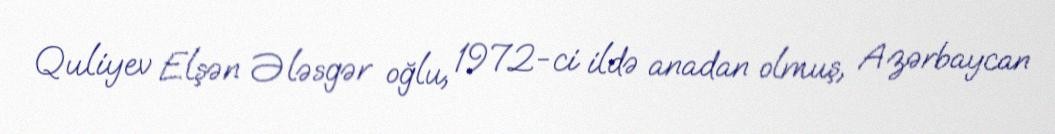
Quliyev Elşən Ələsgər oğlu, 1972-ci ildə anadan olmuş, Azərbaycan